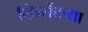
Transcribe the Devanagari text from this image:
व्हिन्सेंटच्या